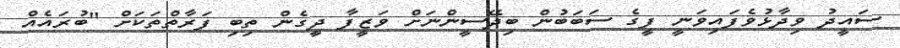
ސައީދު ވިދާޅުވެފައިވަނީ ފީގެ ސަބަބުން ބިދޭސީންނަށް ވަޒީފާ ދީގެން ތިބި ފަރާތްތަކަށް "ބުރައެއް